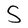
Character: S